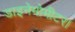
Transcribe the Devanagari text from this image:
डाइनेमोमीटर।